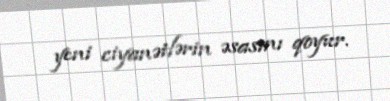
yeni ciyanətlərin əsasını qoyur.